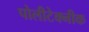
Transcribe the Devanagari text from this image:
पोलीटेक्नीक